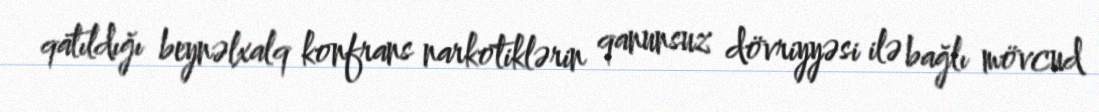
qatıldığı beynəlxalq konfrans narkotiklərin qanunsuz dövriyyəsi ilə bağlı mövcud